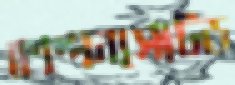
কম্পেনসেটেড